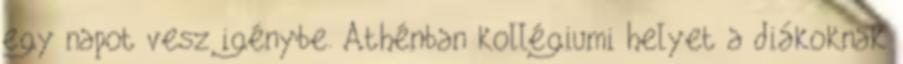
egy napot vesz igénybe. Athénban kollégiumi helyet a diákoknak